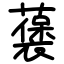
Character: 藵